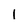
Character: 1